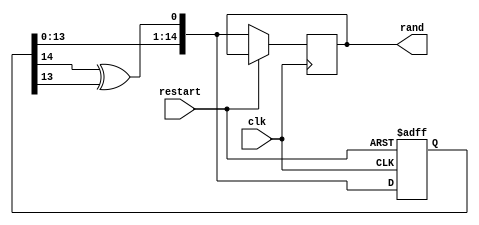
module lfsr_15bit(input clk, input restart,
				output [14:0] rand);
				
reg [14:0] random, random_official;
reg [4:0] counter; //keep track of the number of shifts before we output the final value
reg [14:0] rand1;

wire feedback;
assign feedback = random [14] ^ random[13]; //for a 16 bit random value, we tap the 14th and 13th bit

always @ (posedge clk or posedge restart)
begin
	if(restart)
	begin
		random = 15'hF; //an lfsr cannot have a 0 state
		counter = 0;
	end
	else
	begin
		random = {random[13:0], feedback};
		rand1 = random;
	end
end


assign rand = rand1;
				
endmodule

module lfsr_8bit(input clk, input restart,
					  output [7:0] rand);
	
reg [7:0] random, random_official;
reg [7:0] rand1;

wire feedback = random [7] ^ random[5] ^ random[4] ^ random[3]; //for a 4 bit random value, we tap the 8th, 6th bit, 5th, and 4th bits

always @ (posedge clk or posedge restart)
begin
	if(restart)
	begin
		random = 8'hF; //an lfsr cannot have a 0 state
	end
	else
	begin
		random = {random[6:0], feedback};
		rand1 = random;
	end
	
end

assign rand = rand1;

endmodule 

module lfsr_10bit(input clk, input restart,
					  output [9:0] rand);
	
reg [9:0] random;
reg [9:0] rand1;

wire feedback = random [9] ^ random[6]; //for a 10 bit random value, we tap the 10th and 7th bit

always @ (posedge clk or posedge restart)
begin
	if(restart)
	begin
		random = 10'hF; //an lfsr cannot have a 0 state
	end
	else
	begin
		random = {random[8:0], feedback};
		rand1 = random;
	end
end

assign rand = rand1;	

endmodule